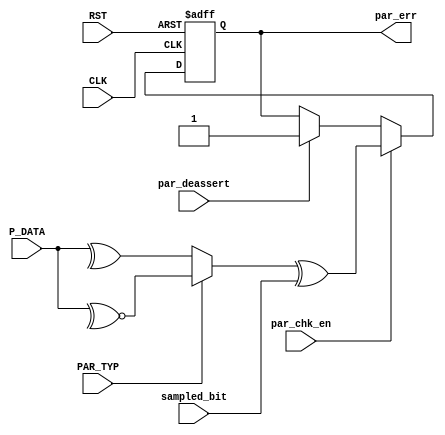
module parity_calc (par_deassert,PAR_TYP,par_chk_en,CLK,RST,par_err,sampled_bit,P_DATA);
input  CLK,RST;
input  par_deassert,par_chk_en,sampled_bit,PAR_TYP;
input [7:0] P_DATA;
output reg par_err;
wire parity_bit_comb;
always @(posedge CLK or negedge RST) begin
if (!RST) begin
  par_err<=1;
end else begin
  if (par_chk_en) begin
  par_err<= parity_bit_comb^sampled_bit;
  end else if (par_deassert) begin
    par_err<=1;
  end
end    
end
assign parity_bit_comb =((!PAR_TYP)?(^(P_DATA)):(~^(P_DATA)));
endmodule